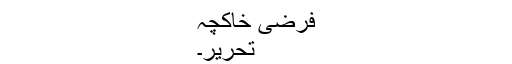
فرضی خاکچہ
تحریر۔